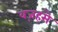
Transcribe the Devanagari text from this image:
वज़हसे